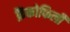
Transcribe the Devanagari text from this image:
फ्रैंकोफिली